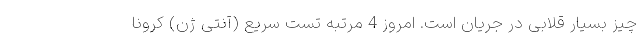
چیز بسیار قلابی در جریان است. امروز 4 مرتبه تست سریع (آنتی ژن) کرونا